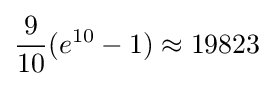
{\frac {9}{10}}(e^{10}-1)\approx 19823